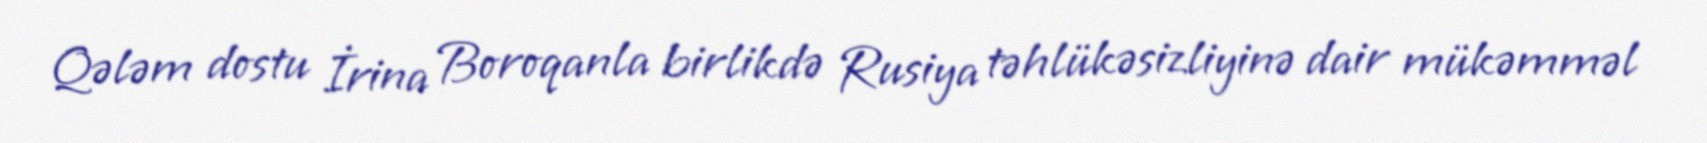
Qələm dostu İrina Boroqanla birlikdə Rusiya təhlükəsizliyinə dair mükəmməl